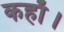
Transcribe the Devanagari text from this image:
कहाँ।